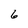
Character: 6